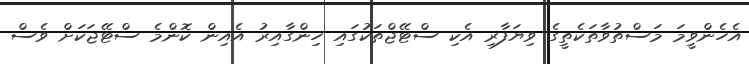
އެހެންވީމަ މަސްތުވާތަކެތީގެ ވިޔަފާރި އެކި ސްޓޭޖްތަކުގައި ހިންގާއިރު އެއިން ކޮންމެ ސްޓޭޖަކަށް ވެސް